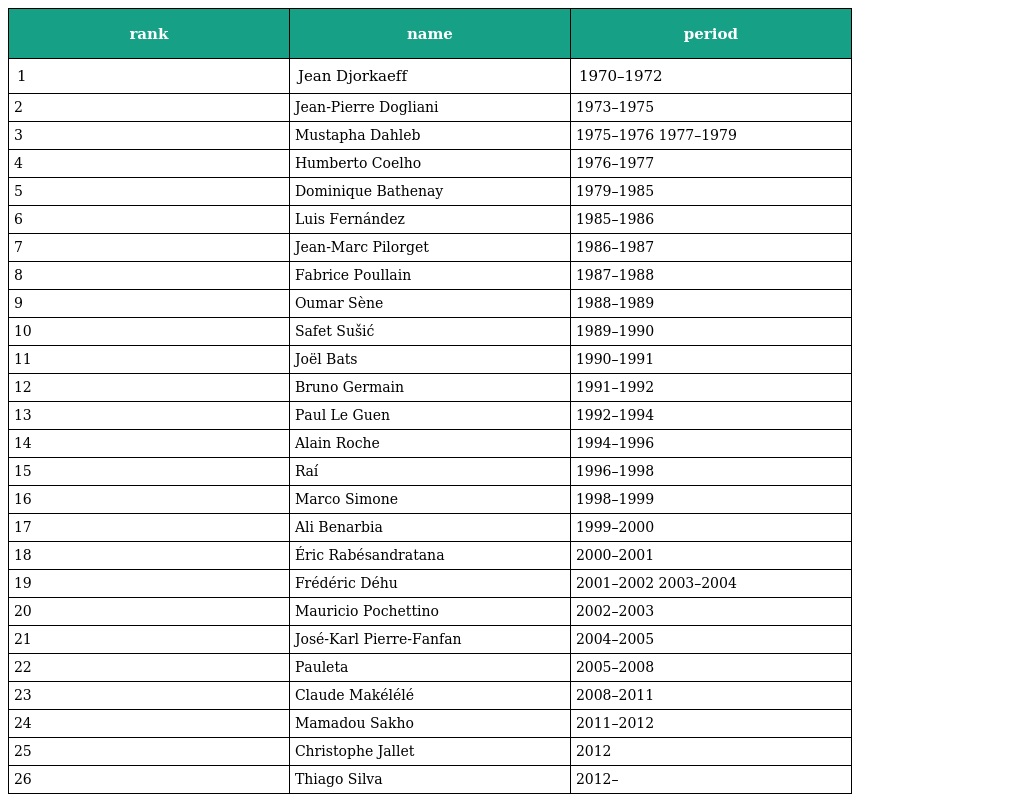
| rank | name | period |
 | --- | --- | --- |
 | 1 | Jean Djorkaeff | 1970–1972 |
 | 2 | Jean-Pierre Dogliani | 1973–1975 |
 | 3 | Mustapha Dahleb | 1975–1976 1977–1979 |
 | 4 | Humberto Coelho | 1976–1977 |
 | 5 | Dominique Bathenay | 1979–1985 |
 | 6 | Luis Fernández | 1985–1986 |
 | 7 | Jean-Marc Pilorget | 1986–1987 |
 | 8 | Fabrice Poullain | 1987–1988 |
 | 9 | Oumar Sène | 1988–1989 |
 | 10 | Safet Sušić | 1989–1990 |
 | 11 | Joël Bats | 1990–1991 |
 | 12 | Bruno Germain | 1991–1992 |
 | 13 | Paul Le Guen | 1992–1994 |
 | 14 | Alain Roche | 1994–1996 |
 | 15 | Raí | 1996–1998 |
 | 16 | Marco Simone | 1998–1999 |
 | 17 | Ali Benarbia | 1999–2000 |
 | 18 | Éric Rabésandratana | 2000–2001 |
 | 19 | Frédéric Déhu | 2001–2002 2003–2004 |
 | 20 | Mauricio Pochettino | 2002–2003 |
 | 21 | José-Karl Pierre-Fanfan | 2004–2005 |
 | 22 | Pauleta | 2005–2008 |
 | 23 | Claude Makélélé | 2008–2011 |
 | 24 | Mamadou Sakho | 2011–2012 |
 | 25 | Christophe Jallet | 2012 |
 | 26 | Thiago Silva | 2012– |